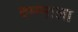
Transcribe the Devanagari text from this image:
दमनाला